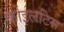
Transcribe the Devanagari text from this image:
कोइलटिस